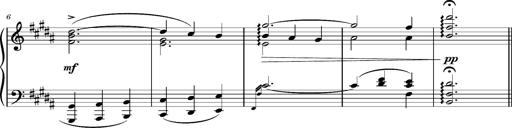
Title: 5 Album-Leaves, S.166t
Composer: Franz Liszt